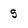
Character: 5